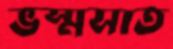
ভস্মসাত